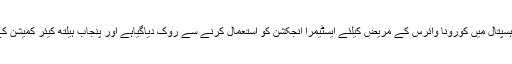
کمپنی کو محکمہ صحت کی اجازت کے بغیر کسی بھی نجی ہسپتال میں کورونا وائرس کے مریض کیلئے ایسٹیمرا انجکشن کو استعمال کرنے سے روک دیاگیاہے اور پنجاب ہیلتھ کیئر کمیشن کے حکام اس پابندی پرعملدرآمد کیلئے مانیٹرنگ کر رہے ہیں۔